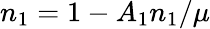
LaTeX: n_{1}=1-A_{1}n_{1}/\mu